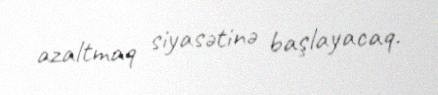
azaltmaq siyasətinə başlayacaq.